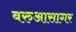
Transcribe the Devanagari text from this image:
बरुआसागर